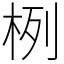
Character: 栵